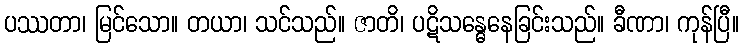
ပဿတာ၊ မြင်သော။ တယာ၊ သင်သည်။ ဇာတိ၊ ပဋိသန္ဓေနေခြင်းသည်။ ခီဏာ၊ ကုန်ပြီ။